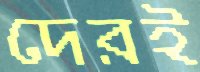
দেরই